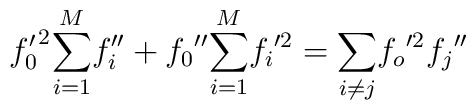
{f'_0}^2 {\sum^M_{i=1}}{f''_i}+{f_0}''{\sum^M_{i=1}}{f_i}'^2={\sum_{i\ne j}}{f_o}'^2{f_j}''